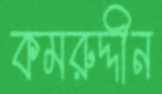
কমরুদ্দীন